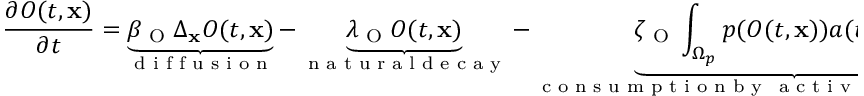
\frac { \partial O ( t , \mathbf { x } ) } { \partial t } = \underbrace { \beta _ { \textup { O } } \Delta _ { \mathbf { x } } O ( t , \mathbf { x } ) } _ { \textup { d i f f u s i o n } } - \underbrace { \lambda _ { \textup { O } } O ( t , \mathbf { x } ) } _ { \textup { n a t u r a l d e c a y } } - \underbrace { \zeta _ { \textup { O } } \int _ { \Omega _ { p } } p ( O ( t , \mathbf { x } ) ) a ( t , \mathbf { x } , u ) \, \mathrm { d } u } _ { \substack { \textup { c o n s u m p t i o n b y } \, \textup { a c t i v e t u m o u r c e l l s } } } + \underbrace { V ( \mathbf { x } ) } _ { \substack { \textup { i n f l o w f r o m } \, \textup { t h e b l o o d v e s s e l s } } } ,